Annual report of the Punjab Veterinary College and of the Civil Veterinary Department, Punjab - 1909-1919
Year: 1909
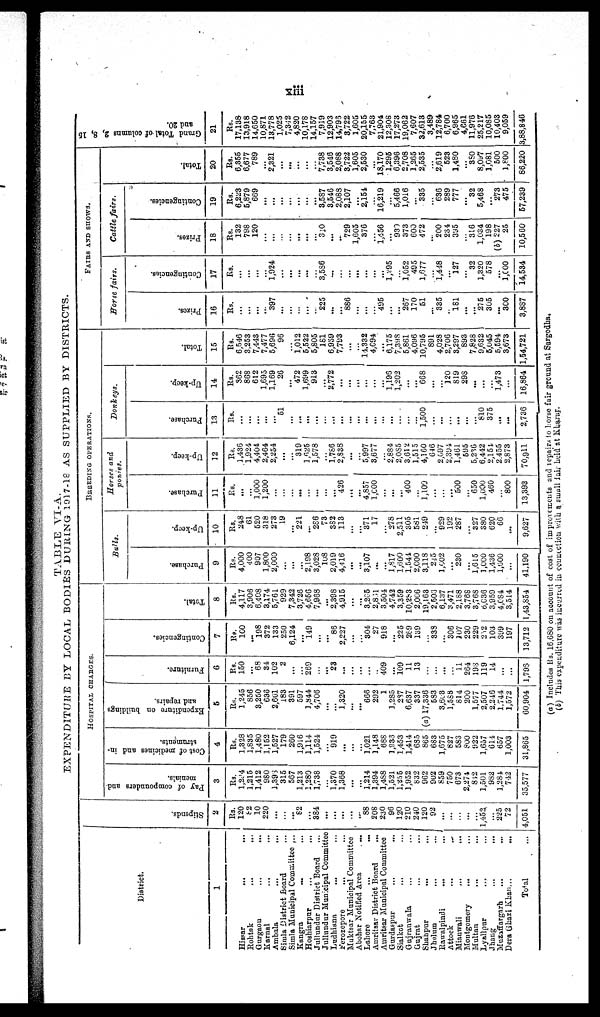
xiii
TABLE VI-A.
EXPENDITURE BY LOCAL BODIES DURING 1917-18 AS SUPPLIED BY DISTRICTS.
District.
1
Hissar
...
...
Rohtak ... ...
Gurgaon
...
...
Karnal
...
...
Ambala
...
...
Simla District Board ...
Simla Municipal Committee ...
Kangra
... ...
Hoshiarpur ... ...
Jullundur District Board ...
Jullundur Municipal Committee
Ludhiana
... ...
Ferozepore
... ...
Muktsar Municipal Committee
Abohar Notified Area
...
Lahore
...
...
Amritsar District Board
...
Amritsar Municipal Committee
Gurdaspur
...
...
Sialkot ... ...
Gujranwala ... ...
Gujrat ... ...
Shahpur
...
...
Jhelum
...
...
Rawalpindi
...
...
Attock
...
...
Miauwali
...
...
Montgomery
... ...
Multan ... ...
Lyallpur ... ...
Jhang
...
...
Muzaffargarh
... ...
Dera Ghazi Khan...
...
Total ...
St i
pends .
2
Rs.
120
82
10
220
...
...
...
82
...
384
...
...
...
...
...
88
208
230
96
120
210
240
120
92
...
...
...
...
...
1,452
...
225
72
4,051
HOSPITAL CHARGES.
Pay of compounders and
menials.
3
Rs.
1,294
1,215
1,412
980
1,393
315
567
1,213
1,280
1,738
...
1,370
1,368
...
...
1,214
1,394
1,488
1,521
1,235
1,952
832
962
902
859
750
673
2,274
812
1,501
982
1,284
742
35,577
Cost of medicines and in-
struments.
4
Rs.
1,328
1,835
1,480
1,152
1,527
179
260
1,916
1,114
1,524
...
919
...
...
...
1,021
1,148
688
1,933
1,453
1,414
685
865
683
1,675
827
583
800
922
1,657
614
657
1,003
31,865
Expenditure on buildings
and repairs.
5
Rs.
1,245
856
3,250
636
2,601
183
391
597
1,844
4,706
...
...
1,320
...
...
666
292
1
1,285
287
6,637
337
(a) 17,336
583
3,663
1,588
814
200
1,577
2,507
2,246
1,744
1,572
60,904
Furniture.
6
Rs.
150
...
68
34
102
2
...
...
269
...
...
23
...
...
...
...
...
409
...
109
11
13
...
...
...
...
11
264
193
119
14
...
...
1,793
Contingencies.
7
Rs.
100
...
198
372
133
250
6,124
...
149
...
...
86
2,227
...
...
304
27
918
...
225
269
139
...
333
...
306
107
230
229
232
103
399
197
13,712
Total.
8
Rs.
4,117
3,906
6,408
3,174
5,761
929
7,342
3,726
4,656
7,968
...
2,398
4,915
...
...
3,205
2,831
3,504
4,742
3,359
10,283
2,006
19,163
2,503
6,137
3,471
2,188
3,768
3,768
6,636
3,959
4,084
3,514
1,43,854
BREDDING OPERATIONS.
Bulls.
Purchase.
9
Rs.
4,000
400
907
1,800
2,000
...
...
...
2,198
3,028
108
2,019
4,416
...
...
3,107
...
...
1,817
1,600
1,544
2,C00
3,118
245
1,002
...
230
...
1,615
1,000
1,436
1,000
...
41,190
Up-keep.
10
Rs.
248
61
520
318
273
19
...
221
...
286
73
332
113
...
...
371
17
...
278
2,511
305
581
249
...
929
192
287
...
327
380
620
66
...
9,627
Horses and
ponies.
Purchase.
11
Rs.
...
...
1,000
1,200
...
...
...
...
...
...
...
...
426
...
...
4,857
1,C00
...
...
...
400
...
1,109
...
...
...
500
...
650
1,000
460
...
800
13,393
Up-keep.
12
Rs.
1,436
1,924
4,404
2,464
2,254
...
...
319
1,625
1,578
...
1,786
2,838
...
...
5,997
3,677
...
2,884
2,085
3,612
1,515
4,160
646
2,097
2.394
1,461
595
5,236
6,442
2,151
2.455
2,873
70,911
Donkeys.
Purchase.
13
Rs.
...
...
...
...
...
51
...
...
...
...
...
...
...
...
...
...
...
...
...
...
...
...
1,500
...
...
...
...
...
...
810
375
...
...
2,736
Up-keep.
14
Rs.
362
868
612
1,695
1,169
26
...
472
1,699
913
...
2,772
...
...
...
...
...
...
1,196
1,202
...
...
668
...
...
120
819
298
...
...
1,473
...
16,864
Total.
15
Rs.
6,546
3.253
7,443
7,477
5,696
96
...
1,012
5,522
5,805
181
6,939
7,793
...
...
14.332
4,694
...
6,175
7,398
5,861
4,096
10,795
891
4,028
2,706
3,297
893
7,828
9,632
5,045
5,594
3,673
1,54,721
FAIRS AND SHOWS.
Horse
fairs.
Prizes.
16
Rs.
...
...
...
...
397
...
...
...
...
...
225
...
...
886
...
...
...
495
...
...
267
170
51
...
335
...
181
...
...
275
305
...
300
3,887
Contingencies.
17
Rs.
...
...
...
...
1,924
...
...
...
...
...
3,586
...
...
...
...
...
...
...
1,295
...
1,052
495
1,677
...
1,448
...
127
...
32
1,320
578
...
1,000
14,534
Cattle
fairs.
Prizes.
18
Rs.
132
798
120
...
...
...
...
...
...
...
310
...
..
729
1,605
376
...
1,456
...
930
373
600
472
...
200
234
395
...
316
1,034
198
(b) 227
25
10,560
Contingencies.
19
Rs.
6,223
5,879
669
...
...
...
...
...
...
...
3,587
8,546
2,088
2,107
...
2,154
...
16,219
...
5,466
l,016
...
335
...
636
289
777
...
32
5,468
...
273
475
57,239
Total.
20
Rs.
6,355
6,677
789
...
2,321
...
...
...
...
...
7,788
3,546
2,088
3,722
1,605
2,530
...
18,170
1,295
6,396
2,708
1,265
2,535
...
2,619
523
1,480
...
880
8,097
1,081
500
1,800
86,220
Grand Total of columns 2, 8, 15
and 20.
21
Rs.
17,138
13,918
14,650
10,871
13,778
1,025
7,342
4,820
10,178
14,157
7,919
12,903
14,795
3,722
1,605
20,155
7,763
21,904
12,308
17,273
19,062
7,607
32,613
3,489
12,784
6,700
6,965
4,661
11,976
25,217
10,085
10,403
9,059
3,88,846
(a) Includes Rs. 16,680 on account of cost of improvements and repairs to horse fair ground at Sargodha.
(b) This expenditure was incurred in connection with a small fair held at Kharar.